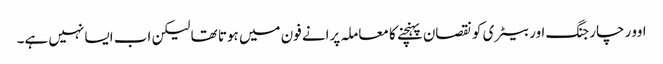
اوور چارجنگ اور بیٹری کو نقصان پہنچنے کا معاملہ پرانے فون میں ہوتا تھا لیکن اب ایسا نہیں ہے۔